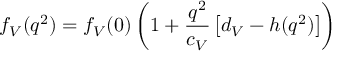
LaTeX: f _ { V } ( q ^ { 2 } ) = f _ { V } ( 0 ) \left( 1 + \frac { q ^ { 2 } } { c _ { V } } \left[ d _ { V } - h ( q ^ { 2 } ) \right] \right)